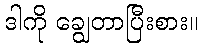
ဒါကို ချွေတာပြီးစား။